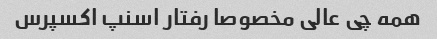
همه چی عالی مخصوصا رفتار اسنپ اکسپرس